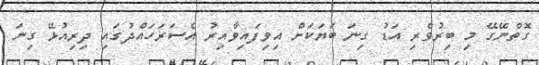
ގޮތްނޭގޭ މި ބިރުވެރި އަޑު ގިނަ ބަޔަކަށް އިވިފައިވާއިރު އެސަރަހައްދުގައި ދިރިއުޅޭ ގިނަ